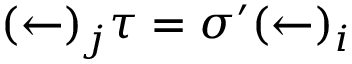
( \leftarrow ) _ { j } \tau = \sigma ^ { \prime } ( \leftarrow ) _ { i }